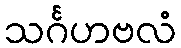
သင်္ဂဟဗလံ